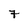
Character: 7